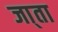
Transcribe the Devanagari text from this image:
जा्ता